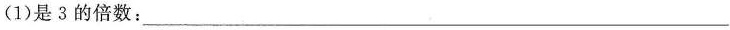
(1)是3的倍数：___